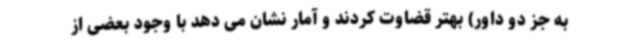
به جز دو داور) بهتر قضاوت کردند و آمار نشان می دهد با وجود بعضی از